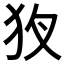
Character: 𤝇